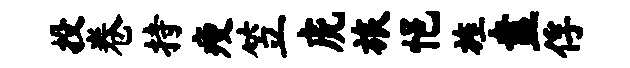
投卷持瘦笠虎旅悒旌盍俘